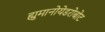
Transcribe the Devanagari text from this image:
ह्युमानोयेडरोबोट